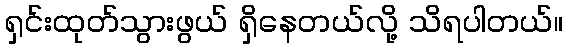
ရှင်းထုတ်သွားဖွယ် ရှိနေတယ်လို့ သိရပါတယ်။